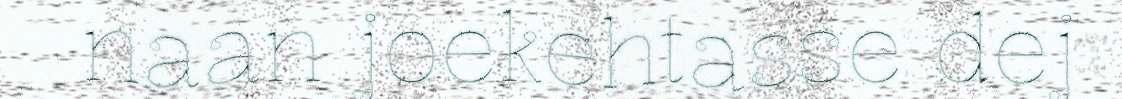
naan joekehtasse dej